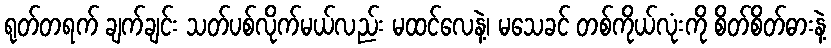
ရုတ်တရက် ချက်ချင်း သတ်ပစ်လိုက်မယ်လည်း မထင်လေနဲ့၊ မသေခင် တစ်ကိုယ်လုံးကို စိတ်စိတ်ဓားနဲ့